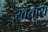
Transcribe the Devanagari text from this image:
खताय